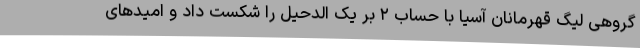
گروهی لیگ قهرمانان آسیا با حساب ۲ بر یک الدحیل را شکست داد و امیدهای